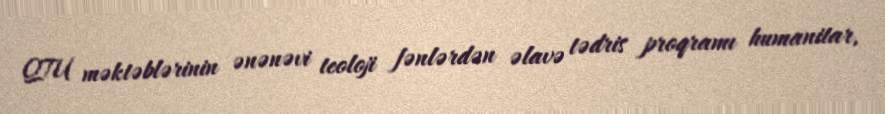
QTU məktəblərinin ənənəvi teoloji fənlərdən əlavə tədris proqramı humanitar,